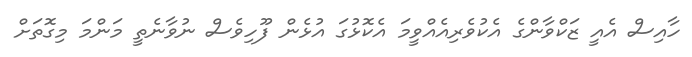
ހާއިސް އެއީ ޒަކްވާންގެ އެކުވެރިއެއްވީމަ އެކޮޅުގަ އުޅެން ފޫހިވެސް ނުވާނެތީ މަންމަ މިގޮތަށް